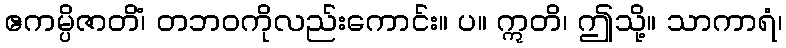
ဧကမ္ပိဇာတိံ၊ တဘဝကိုလည်းကောင်း။ ပ။ ဣတိ၊ ဤသို့။ သာကာရံ၊